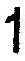
1